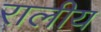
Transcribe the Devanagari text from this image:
रालीय